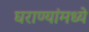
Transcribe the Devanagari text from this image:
घराण्यांमध्ये